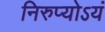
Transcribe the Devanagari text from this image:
निरुप्योऽयं